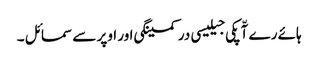
ہائے رے آّپکی جیلیسی در کمینگی اور اوپر سے سمائل ۔